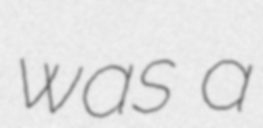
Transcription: was a